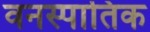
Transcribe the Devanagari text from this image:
वनस्पातिक